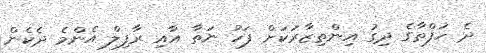
ދެ ހަފްތާގެ ދިގު އިންތިޒާރަކަށް ފަހު ނަތާ އާއި ރާފިލް އެންމެ ދެކެން